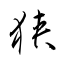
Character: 狭